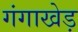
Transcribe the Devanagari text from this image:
गंगाखेड़